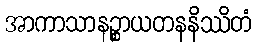
အာကာသာနဉ္စာယတနနိဿိတံ